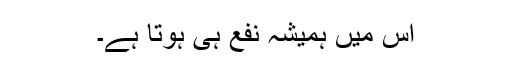
اس میں ہمیشہ نفع ہی ہوتا ہے۔